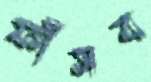
ফাঁসব